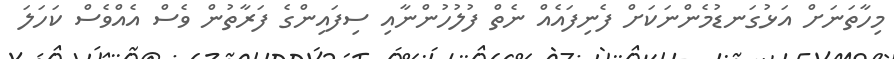
މިހާތަނަށް އަޅުގަނޑުމެންނަކަށް ފެނިފައެއް ނެތް ފުލުހުންނާއި ސިފައިންގެ ފަރާތުން ވެސް އެއްވެސް ކަހަލަ